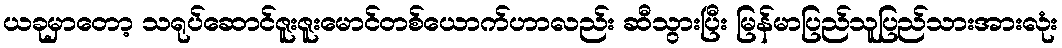
ယခုမှာတော့ သရုပ်ဆောင်ဇူးဇူးမောင်တစ်ယောက်ဟာလည်း ဆီသွားပြီး မြန်မာပြည်သူပြည်သားအားလုံး